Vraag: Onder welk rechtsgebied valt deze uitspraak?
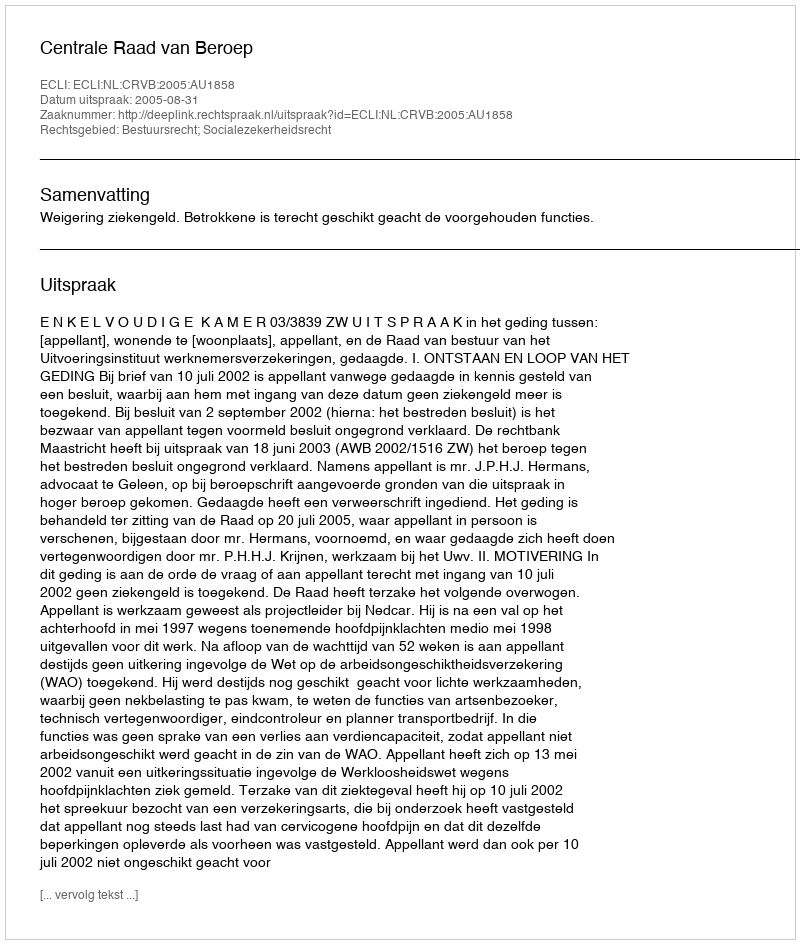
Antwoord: Bestuursrecht; Socialezekerheidsrecht